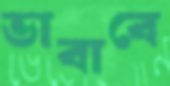
ভাবাবে